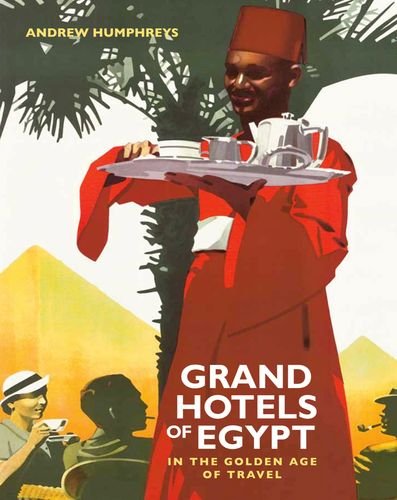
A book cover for Grand Hotels of Egypt: In the Golden Age of Travel; Andrew Humphreys; Travel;